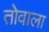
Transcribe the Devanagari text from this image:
तोवाला